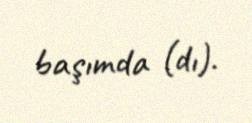
başımda (dı).